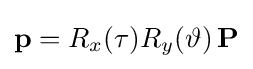
\mathbf {p} =R_{x}(\tau )R_{y}(\vartheta )\,\mathbf {P}